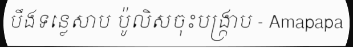
បឹងទន្លេសាប ប៉ូលិសចុះបង្ក្រាប - Amapapa